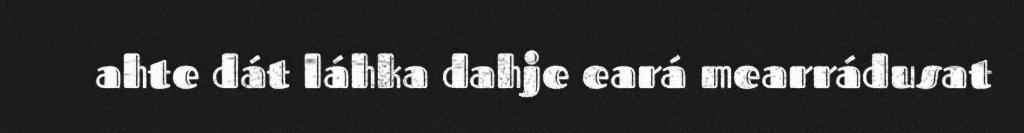
ahte dát láhka dahje eará mearrádusat